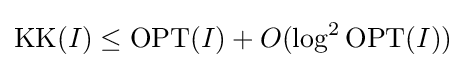
\mathrm {KK} (I)\leq \mathrm {OPT} (I)+O(\log ^{2}{\mathrm {OPT} (I)})